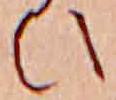
ひ